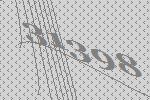
31398